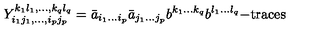
Y _ { i _ { 1 } j _ { 1 } , \ldots , i _ { p } j _ { p } } ^ { k _ { 1 } l _ { 1 } , \ldots , k _ { q } l _ { q } } = \bar { a } _ { i _ { 1 } \ldots i _ { p } } \bar { a } _ { j _ { 1 } \ldots j _ { p } } b ^ { k _ { 1 } \ldots k _ { q } } b ^ { l _ { 1 } \ldots l _ { q } } \mathrm { - t r a c e s }